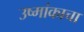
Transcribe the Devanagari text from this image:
उष्मांकाचा